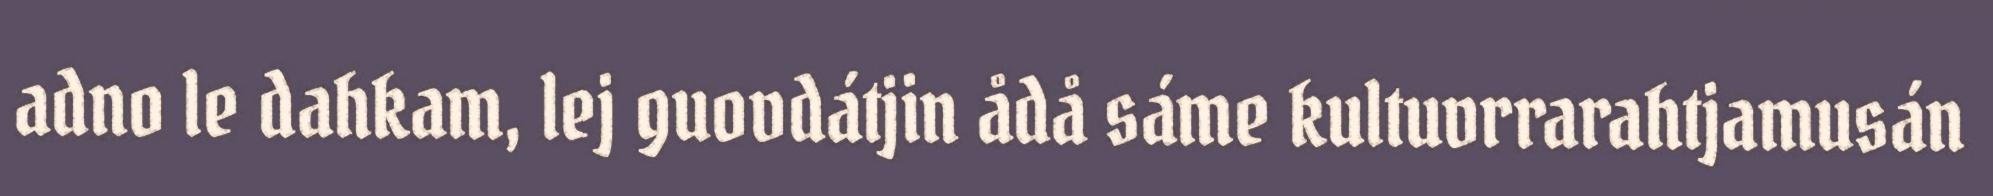
adno le dahkam, lej guovdátjin ådå sáme kultuvrrarahtjamusán